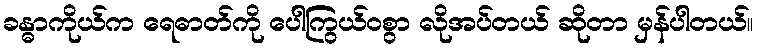
ခန္ဓာကိုယ်က ရေဓာတ်ကို ပေါကြွယ်ဝစွာ လိုအပ်တယ် ဆိုတာ မှန်ပါတယ်။